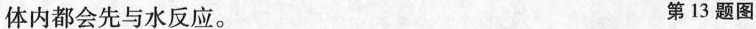
体内都会先与水反应。 第13题图